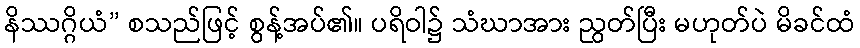
နိဿဂ္ဂိယံ” စသည်ဖြင့် စွန့်အပ်၏။ ပရိဝါ၌ သံဃာအား ညွတ်ပြီး မဟုတ်ပဲ မိခင်ထံ